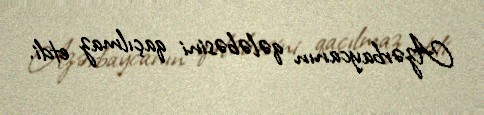
Azərbaycanın qələbəsini qaçılmaz etdi.